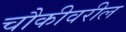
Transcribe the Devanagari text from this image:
चौकीवरील